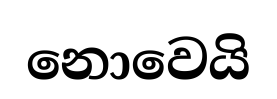
නොවෙයි